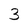
Character: 3